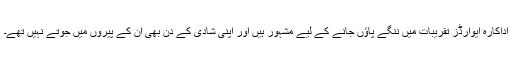
اداکارہ ایوارڈز تقریبات میں ننگے پاؤں جانے کے لیے مشہور ہیں اور اپنی شادی کے دن بھی ان کے پیروں میں جوتے نہیں تھے۔